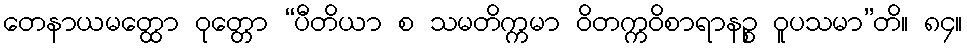
တေနာယမတ္ထော ဝုတ္တော “ပီတိယာ စ သမတိက္ကမာ ဝိတက္ကဝိစာရာနဉ္စ ဝူပသမာ”တိ။ ၈၄။